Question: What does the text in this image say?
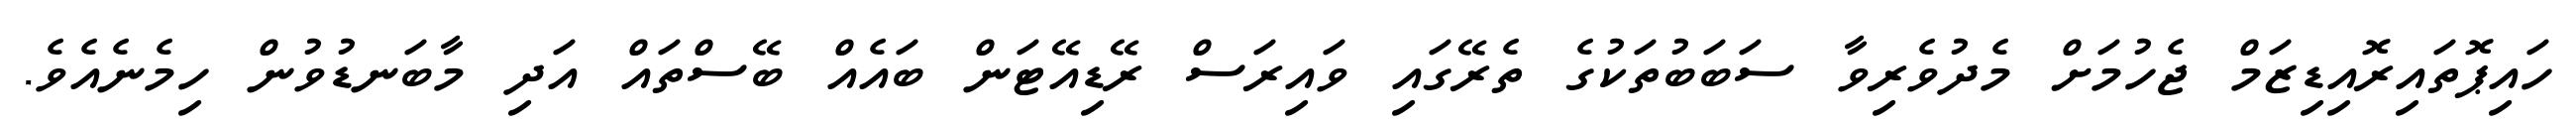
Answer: ހައިޕޮތައިރޮއިޑިޒަމް ޖެހުމަށް މެދުވެރިވާ ސަބަބުތަކުގެ ތެރޭގައި ވައިރަސް ރޭޑިއޭޓަން ބައެއް ބޭސްތައް އަދި މާބަނޑުވުން ހިމެނެއެވެ.